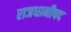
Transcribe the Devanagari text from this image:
राजधानीपद